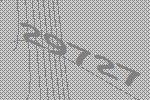
29727